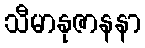
သီမာနုဇာနနာ